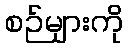
စဉ်များကို